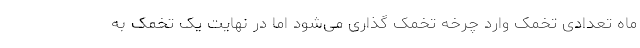
ماه تعدادی تخمک وارد چرخه تخمک گذاری می‌شود اما در نهایت یک تخمک به